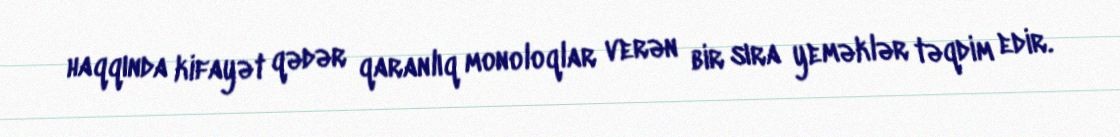
haqqında kifayət qədər qaranlıq monoloqlar verən bir sıra yeməklər təqdim edir.